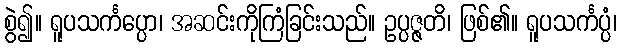
စွဲ၍။ ရူပသင်္ကပ္ပော၊ အဆင်းကိုကြံခြင်းသည်။ ဥပ္ပဇ္ဇတိ၊ ဖြစ်၏။ ရူပသင်္ကပ္ပံ၊